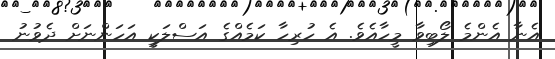
އެނާ އެންމެ ލޯބިވާ މީހާއެވެ. އެ ހުރިހާ ކަމެއްގެ އަސްލަކީ އަހަންނަށް ދެވުނު